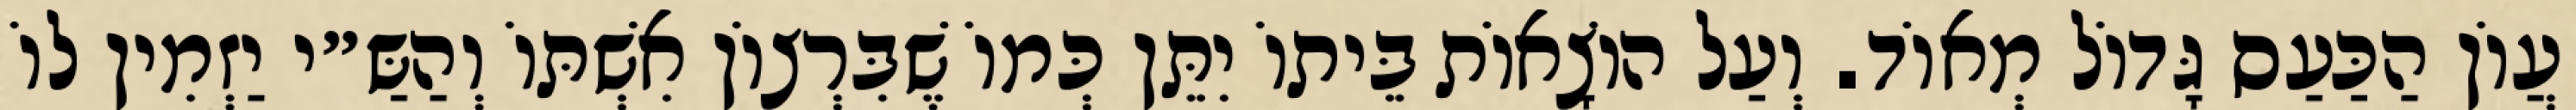
עֲוֹן הַכַּעַס גָּדוֹל מְאוֹד. וְעַל הוֹצָאוֹת בֵּיתוֹ יִתֵּן כְּמוֹ שֶׁבִּרְצוֹן אִשְׁתּוֹ וְהַשַּ״י יַזְמִין לוֹ